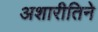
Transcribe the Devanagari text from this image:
अशारीतिने